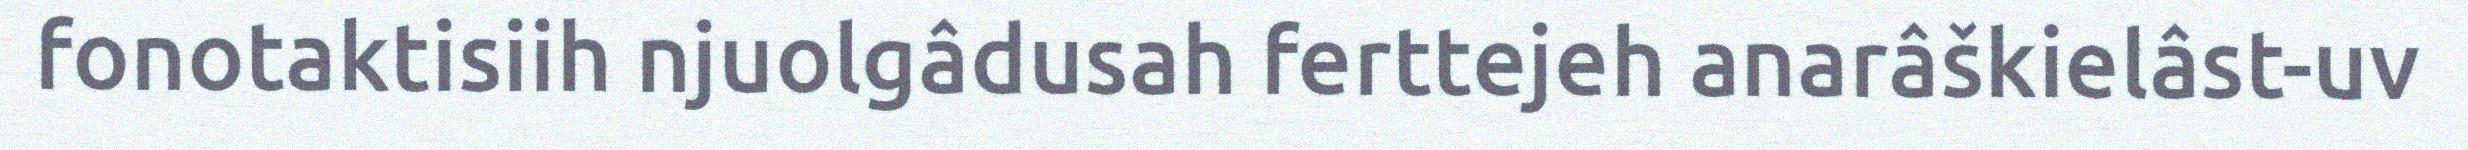
fonotaktisiih njuolgâdusah ferttejeh anarâškielâst-uv